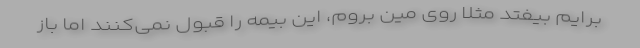
برایم بیفتد مثلاً روی مین بروم، این بیمه را قبول نمی‌کنند اما باز